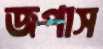
জপাস